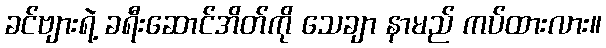
ခင်ဗျားရဲ့ ခရီးဆောင်အိတ်ကို သေချာ နာမည် ကပ်ထားလား။